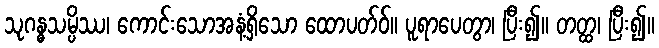
သုဂန္ဓသမ္ပိဿ၊ ကောင်းသောအနံ့ရှိသော ထောပတ်ဝ်။ ပူရာပေတွာ၊ ပြီး၍။ တတ္ထ၊ ပြီး၍။